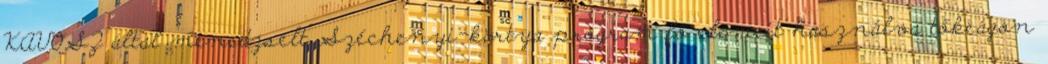
KAVOSZ által menedzselt Széchenyi-kártya program fő elemeit használva tőkeágon